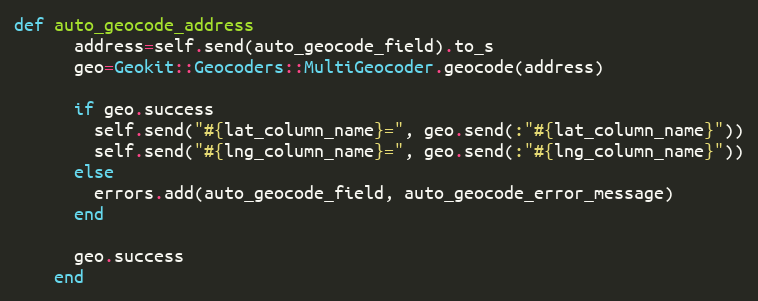
Language: Ruby
def auto_geocode_address
      address=self.send(auto_geocode_field).to_s
      geo=Geokit::Geocoders::MultiGeocoder.geocode(address)

      if geo.success
        self.send("#{lat_column_name}=", geo.send(:"#{lat_column_name}"))
        self.send("#{lng_column_name}=", geo.send(:"#{lng_column_name}"))
      else
        errors.add(auto_geocode_field, auto_geocode_error_message)
      end

      geo.success
    end